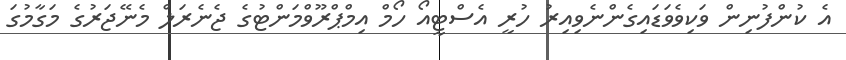
އެ ކުންފުނިން ވަކިވެވަޑައިގެންނެވިއިރު ހުރީ އެސްޓީއޯ ހޯމް އިމްޕްރޫވްމަންޓުގެ ޖެނެރަލް މެނޭޖަރުގެ މަގާމުގަ